Civil Veterinary Dept. North-West Frontier Province 1901-22 - 1901-1922
Year: 1901
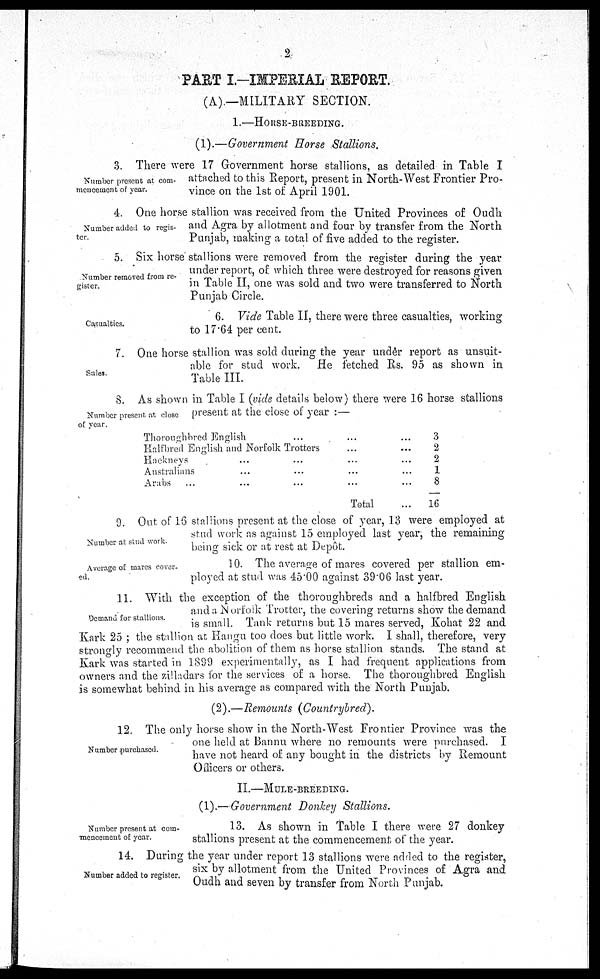
2
PART I.—IMPERIAL REPORT.
(A).—MILITARY SECTION.
1.—HORSE-BREEDING.
(1).—Government Horse Stallions.
Number present at com-
mencement of year.
3. There were 17 Government horse stallions, as detailed in Table I
attached to this Report, present in North-West Frontier Pro-
vince on the 1st of April 1901.
Number added to regis-
ter.
4. One horse stallion was received from the United Provinces of Oudh
and Agra by allotment and four by transfer from the North
Punjab, making a total of five added to the register.
Number removed from re-
gister.
5. Six horse stallions were removed from the register during the year
under report, of which three were destroyed for reasons given
in Table II, one was sold and two were transferred to North
Punjab Circle.
Casualties.
6. Vide Table II, there were three casualties, working
to 17.64 per cent.
Sales.
7. One horse stallion was sold during the year under report as unsuit-
able for stud work. He fetched Rs. 95 as shown in
Table III.
Number present at close
of year.
8. As shown in Table I (vide details below) there were 16 horse stallions
present at the close of year:—
Thoroughbred English ...
Halfbred English and Norfolk Trotters
Hackneys ... ...
Australians ... ...
Arabs ... ... ...
... ...
... ...
... ...
... ...
... ...
Total ...
3
2
2
1
8
16
Number at stud work.
9. Out of 16 stallions present at the close of year, 13 were employed at
stud work as against 15 employed last year, the remaining
being sick or at rest at Depôt.
Average of mares cover-
ed.
10. The average of mares covered per stallion em-
ployed at stud was 45.00 against 39.06 last year.
Demand for stallions.
11. With the exception of the thoroughbreds and a halfbred English
and a Norfoik Trotter, the covering returns show the demand
is small. Tank returns but 15 mares served, Kohat 22 and
Kark 25; the stallion at Hangu too does but little work. I shall, therefore, very
strongly recommend the abolition of them as horse stallion stands. The stand at
Kark was started in 1899 experimentally, as I had frequent applications from
owners and the zilladars for the services of a horse. The thoroughbred English
is somewhat behind in his average as compared with the North Punjab.
(2).—Remounts (Countrybred).
Number purchased.
12. The only horse show in the North-West Frontier Province was the
one held at Bannu where no remounts were purchased. I
have not heard of any bought in the districts by Remount
Officers or others.
II.—MULE-BREEDING.
(1).—Government Donkey Stallions.
Number present at com¬
mencement of year.
13. As shown in Table I there were 27 donkey
stallions present at the commencement of the year.
Number added to register.
14. During the year under report 13 stallions were added to the register,
six by allotment from the United Provinces of Agra and
Oudh and seven by transfer from North Punjab.